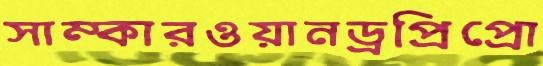
সাম্কারওয়ানড্রপ্রিপ্রো